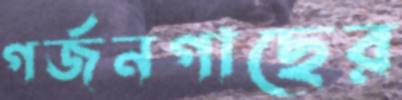
গর্জনগাছের